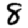
Digit: 8